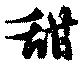
甜